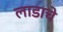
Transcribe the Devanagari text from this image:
लाडाचे